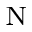
_ \mathrm { N }